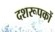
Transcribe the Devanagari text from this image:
दशरूपकों